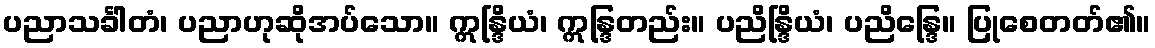
ပညာသင်္ခါတံ၊ ပညာဟုဆိုအပ်သော။ ဣန္ဒြိယံ၊ ဣန္ဒြတည်း။ ပညိန္ဒြိယံ၊ ပညိန္ဒြေ။ ပြုစေတတ်၏။